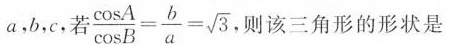
a，b，c，若 $$\frac{\cos A}{\cos B}= \frac{b}{a}= \sqrt{3}$$ .则该三角形的形状是